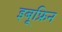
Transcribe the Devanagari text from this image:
इबूफ्रिन